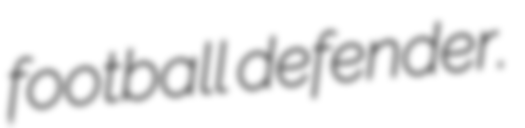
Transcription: football defender.